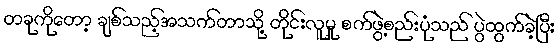
တခုကိုတော့ ချစ်သည့်အသက်တာသို့ တိုင်းလူမှု စက်ဖွဲ့စည်းပုံသည် ပွဲထွက်ခဲ့ပြီး